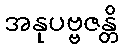
အနုပဗ္ဗဇန္တိ